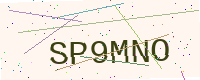
Text: SP9MNO